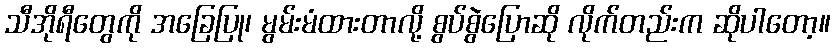
သီအိုရီတွေကို အခြေပြု၊ မွမ်းမံထားတာလို့ စွပ်စွဲပြောဆို လိုက်တည်းက ဆိုပါတော့။